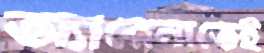
অ্যারেনাতেই